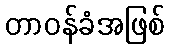
တာဝန်ခံအဖြစ်